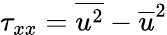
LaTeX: \tau_{xx}=\overline{{{u^{2}}}}-\overline{{{u}}}^{2}